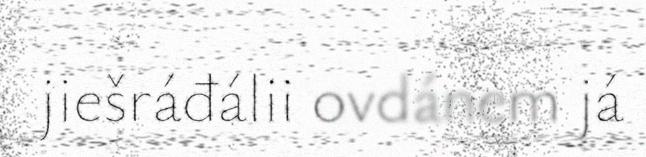
jiešráđálii ovdánem já